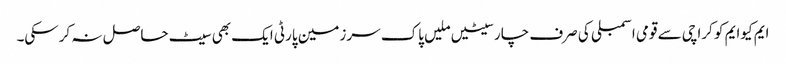
ایم کیوایم کو کراچی سے قومی اسمبلی کی صرف چارسیٹیں ملیں پاک سرزمین پارٹی ایک بھی سیٹ حاصل نہ کرسکی۔